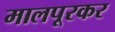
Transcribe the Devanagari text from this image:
मालपूरकर